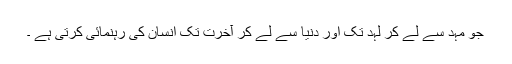
جو مہد سے لے کر لہد تک اور دنیا سے لے کر آخرت تک انسان کی رہنمائی کرتی ہے ۔